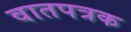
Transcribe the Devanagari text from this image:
वातपत्रक